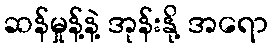
ဆန်မှုန့်နဲ့ အုန်းနို့ အရော